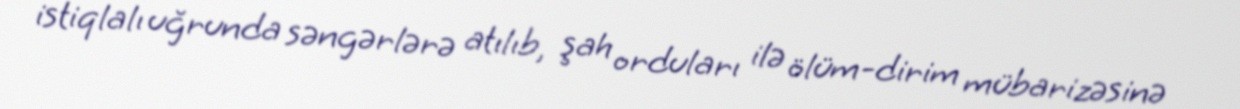
istiqlalı uğrunda səngərlərə atılıb, şah orduları ilə ölüm-dirim mübarizəsinə